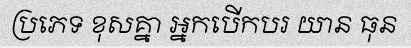
ប្រភេទ ខុសគ្នា អ្នកបើកបរ យាន ធុន